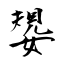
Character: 嫢